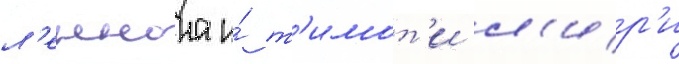
л'еннона и́ т'имот'и л'ир'и